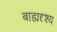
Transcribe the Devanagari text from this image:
बाह्यदृश्य